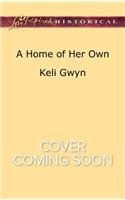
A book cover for A Home of Her Own (Love Inspired Historical); Keli Gwyn; Romance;